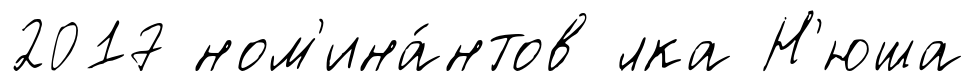
2017 ном'ина́нтов ́лка Н'юша